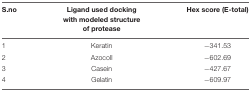
| S.no | Ligand used docking with modeled structure of protease | Hex score (E-total) |
 | --- | --- | --- |
 | 1 | Keratin | -341.53 |
 | 2 | Azocoll | -602.69 |
 | 3 | Casein | -427.67 |
 | 4 | Gelatin | -609.97 |